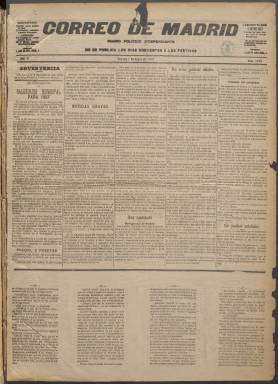
Título: Correo de Madrid (Madrid. 1893)
Colección: Periódicos
Ámbito geográfico: Madrid
Lugar de publicación: Madrid
Fechas: 01/01/1897-31/08/1900